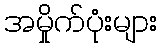
အမှိုက်ပုံးများ